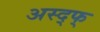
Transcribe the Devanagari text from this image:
अस्द्फ्